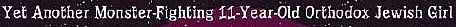
Yet Another Monster-Fighting 11-year-old Orthodox Jewish Girl